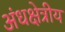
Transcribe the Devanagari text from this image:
अंधक्षेत्रीय